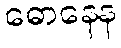
ဓောနေန